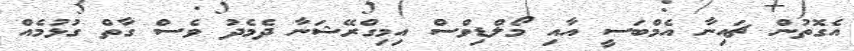
އެގޮތުން ޗައިނާ އެމްބަސީ އާއި މޯލްޑިވްސް އިމިގްރޭޝަނާ ދެމެދު ވެސް ގާތް ގުޅުމެއް